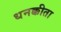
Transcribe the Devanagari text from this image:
धनक्कीता